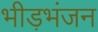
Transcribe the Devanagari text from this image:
भीड़भंजन